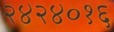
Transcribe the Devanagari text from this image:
२४२४०१६